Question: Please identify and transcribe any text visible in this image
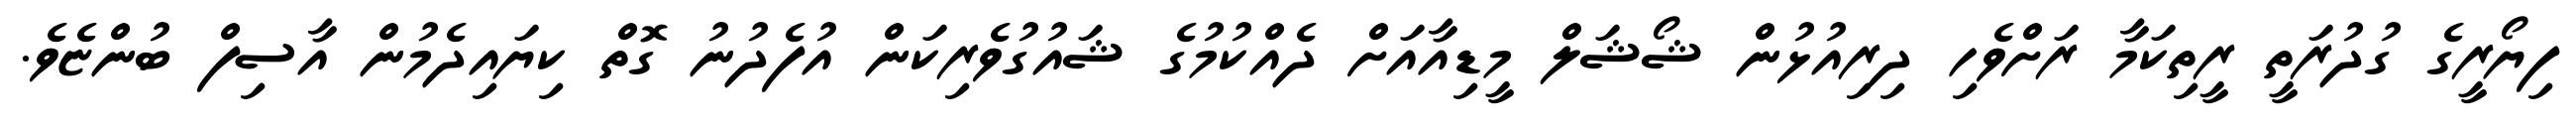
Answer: ފިޔޯރީގެ ގުދުރަތީ ރީތިކަމާ ރަށްވެހި ދިރިއުޅުން ޝޯޝަލް މީޑިއާއަށް ދެއްކުމުގެ ޝައުގުވެރިކަން އުފެދުނު ގޮތް ކިޔައިދެމުން އާސިފް ބުންޏެވެ.